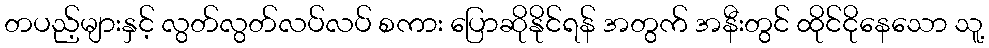
တပည့်များနှင့် လွတ်လွတ်လပ်လပ် စကား ပြောဆိုနိုင်ရန် အတွက် အနီးတွင် ထိုင်ငိုနေသော သူ့